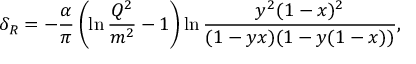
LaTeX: \delta _ { R } = - { \frac { \alpha } { \pi } } \left( \ln { \frac { Q ^ { 2 } } { m ^ { 2 } } } - 1 \right) \ln { \frac { y ^ { 2 } ( 1 - x ) ^ { 2 } } { ( 1 - y x ) ( 1 - y ( 1 - x ) ) } } ,